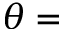
\theta =